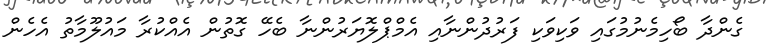
ގެންދާ ބޯހިމެނުމުގައި ވަކިވަކި ފަރުދުންނާއި އެމްޕްލޮޔަރުންނާ ބެހޭ ގޮތުން އެއްކުރާ މައުލޫމާތު އެހެން